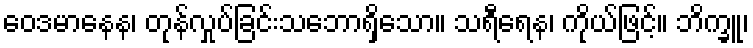
ဝေဒမာနေန၊ တုန်လှုပ်ခြင်းသဘောရှိသော။ သရီရေန၊ ကိုယ်ဖြင့်။ ဘိက္ခူ၊